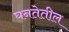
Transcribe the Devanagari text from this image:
घनतेतील